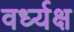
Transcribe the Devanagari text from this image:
वर्ध्यक्ष